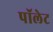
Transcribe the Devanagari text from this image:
पॉलेट